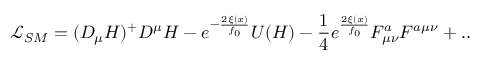
{ \mathcal { L } } _ { S M } = ( D _ { \mu } H ) ^ { + } D ^ { \mu } H - e ^ { - \frac { 2 \xi ( x ) } { f _ { 0 } } } U ( H ) - \frac { 1 } { 4 } e ^ { \frac { 2 \xi ( x ) } { f _ { 0 } } } F _ { \mu \nu } ^ { a } F ^ { a \mu \nu } + . .